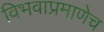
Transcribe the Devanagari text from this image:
विभवाप्रमाणेच